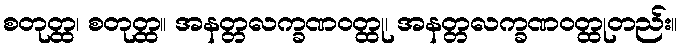
စတုတ္ထ၊ စတုတ္ထ။ အနတ္တလက္ခဏဝတ္ထု၊ အနတ္တလက္ခဏဝတ္ထုတည်း။